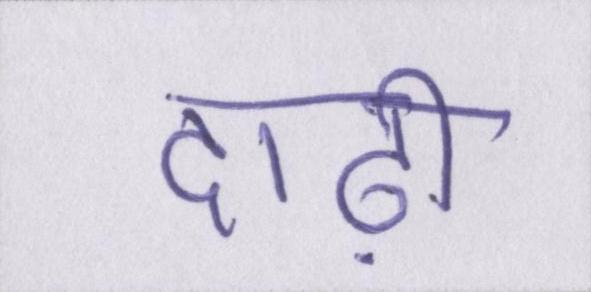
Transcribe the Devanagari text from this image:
दाढ़ी